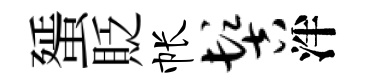
蜑貶帐髻泮